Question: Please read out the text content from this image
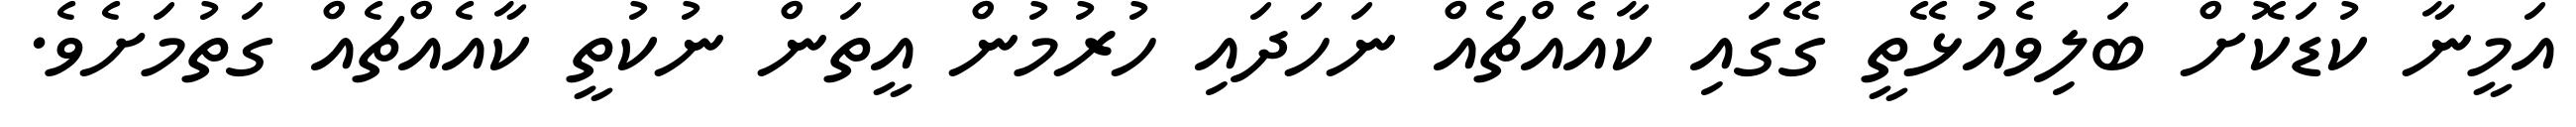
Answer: އަމީނާ ކުޑަކޮށް ބަލިވެއުޅޭތީ ގޭގައި ކާއެއްޗެއް ނަހަދައި ހުރުމުން އީތަން ނުކުތީ ކާއެއްޗެއް ގަތުމަށެވެ.